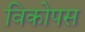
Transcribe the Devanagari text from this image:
विकोपस